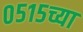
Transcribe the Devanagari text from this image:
०५१५च्या